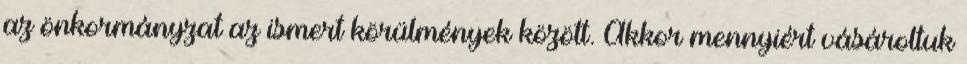
az önkormányzat az ismert körülmények között. Akkor mennyiért vásároltuk